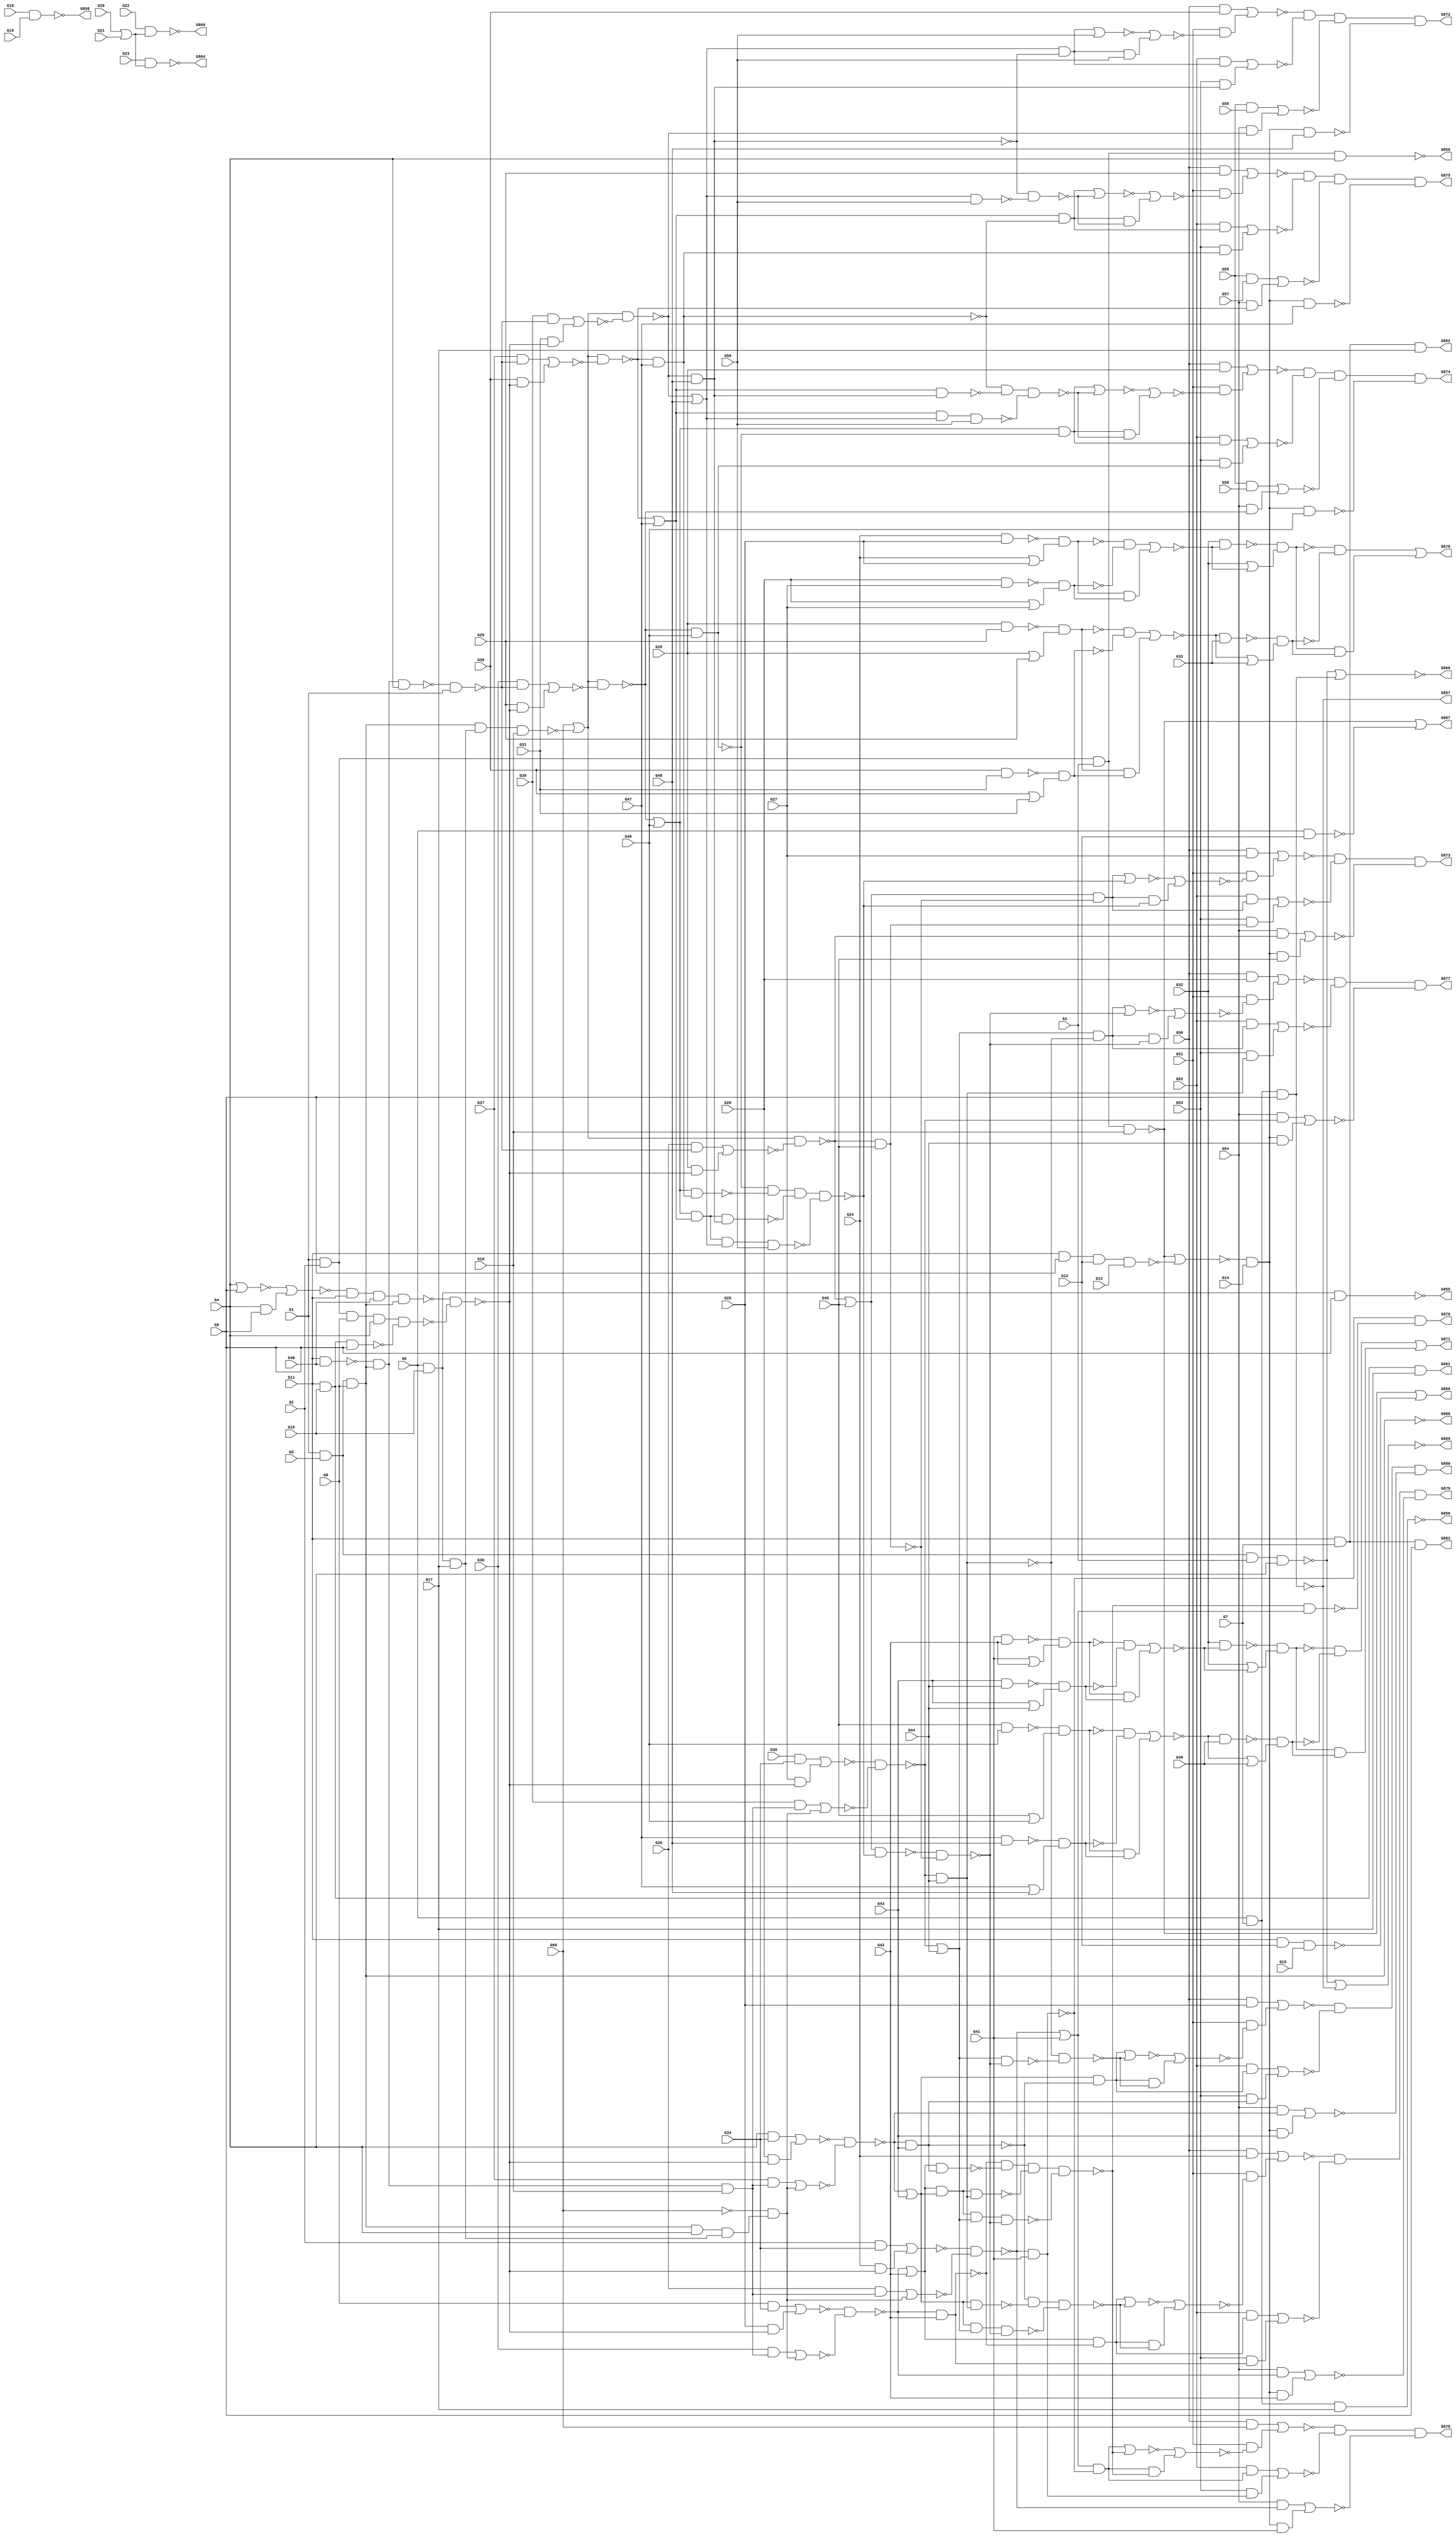
module c880(G1,G10,G11,G12,G13,G14,G15,G16,G17,G18,G19,G2,G20,G21,G22,G23,
  G24,G25,G26,G27,G28,G29,G3,G30,G31,G32,G33,G34,G35,G36,G37,G38,G39,G4,G40,
  G41,G42,G43,G44,G45,G46,G47,G48,G49,G5,G50,G51,G52,G53,G54,G55,G56,G57,G58,
  G59,G6,G60,G7,G8,G855,G856,G857,G858,G859,G860,G861,G862,G863,G864,G865,G866,
  G867,G868,G869,G870,G871,G872,G873,G874,G875,G876,G877,G878,G879,G880,G9);
input G1,G2,G3,G4,G5,G6,G7,G8,G9,G10,G11,G12,G13,G14,G15,G16,G17,G18,G19,G20,
  G21,G22,G23,G24,G25,G26,G27,G28,G29,G30,G31,G32,G33,G34,G35,G36,G37,G38,G39,
  G40,G41,G42,G43,G44,G45,G46,G47,G48,G49,G50,G51,G52,G53,G54,G55,G56,G57,G58,
  G59,G60;
output G855,G856,G857,G858,G859,G860,G861,G862,G863,G864,G865,G866,G867,G868,
  G869,G870,G871,G872,G873,G874,G875,G876,G877,G878,G879,G880;

  wire G269,G270,G273,G276,G279,G280,G284,G285,G286,G287,G290,G291,G292,G293,
    G294,G295,G296,G297,G298,G301,G302,G303,G304,G305,G306,G307,G308,G309,G310,
    G316,G317,G318,G319,G322,G323,G324,G325,G326,G327,G328,G329,G330,G331,G332,
    G333,G334,G335,G336,G337,G338,G339,G340,G341,G342,G343,G344,G345,G346,G347,
    G348,G349,G350,G351,G352,G353,G354,G355,G356,G357,G360,G363,G366,G369,G375,
    G376,G379,G382,G385,G388,G389,G395,G396,G397,G398,G399,G400,G401,G402,G403,
    G404,G405,G406,G407,G408,G409,G410,G411,G412,G413,G414,G415,G416,G417,G422,
    G427,G432,G433,G434,G435,G436,G445,G448,G451,G460,G461,G462,G463,G464,G465,
    G466,G467,G468,G473,G474,G475,G476,G477,G480,G483,G484,G485,G486,G487,G488,
    G489,G490,G491,G492,G493,G494,G495,G496,G497,G498,G499,G500,G501,G502,G503,
    G504,G505,G506,G507,G508,G509,G510,G511,G512,G513,G514,G515,G518,G521,G522,
    G523,G524,G525,G526,G527,G528,G529,G532,G535,G536,G537,G538,G542,G546,G550,
    G554,G558,G562,G566,G570,G571,G572,G573,G574,G575,G578,G581,G582,G585,G590,
    G591,G594,G600,G601,G604,G609,G610,G613,G616,G617,G620,G625,G626,G629,G635,
    G636,G639,G644,G645,G646,G647,G650,G654,G655,G658,G662,G663,G667,G671,G672,
    G677,G681,G682,G685,G689,G690,G693,G697,G698,G702,G706,G707,G712,G716,G717,
    G718,G719,G720,G721,G722,G723,G724,G725,G726,G727,G728,G729,G730,G731,G732,
    G733,G734,G735,G736,G737,G738,G739,G740,G741,G742,G743,G744,G745,G746,G747,
    G748,G749,G750,G751,G752,G753,G754,G755,G756,G760,G761,G764,G765,G768,G769,
    G770,G771,G772,G773,G774,G775,G776,G777,G778,G779,G785,G786,G787,G788,G789,
    G790,G791,G792,G793,G794,G795,G796,G797,G798,G802,G805,G808,G809,G810,G811,
    G812,G813,G814,G815,G816,G817,G818,G819,G820,G821,G822,G823,G824,G825,G826,
    G827,G828,G829,G830,G831,G832,G833,G834,G835,G836,G837,G838,G839,G840,G841,
    G842,G843,G844,G845,G846,G847,G848,G849,G850,G851,G852,G853,G854;

  nand NAND4_0(G269,G1,G2,G3,G4);
  nand NAND4_1(G270,G1,G5,G3,G4);
  and AND3_0(G273,G6,G7,G8);
  and AND3_1(G276,G1,G5,G9);
  nand NAND4_2(G279,G1,G2,G9,G4);
  nand NAND4_3(G280,G1,G2,G3,G10);
  nand NAND4_4(G284,G11,G8,G12,G13);
  nand NAND2_0(G285,G6,G12);
  nand NAND3_0(G286,G11,G12,G15);
  and AND3_2(G287,G6,G16,G17);
  and AND3_3(G290,G6,G16,G8);
  and AND3_4(G291,G6,G7,G17);
  and AND3_5(G292,G6,G7,G8);
  and AND3_6(G293,G11,G16,G17);
  and AND3_7(G294,G11,G16,G8);
  and AND3_8(G295,G11,G7,G17);
  and AND3_9(G296,G11,G7,G8);
  and AND2_0(G297,G18,G19);
  or OR2_0(G298,G20,G21);
  nand NAND2_1(G301,G24,G25);
  or OR2_1(G302,G24,G25);
  nand NAND2_2(G303,G26,G27);
  or OR2_2(G304,G26,G27);
  nand NAND2_3(G305,G28,G29);
  or OR2_3(G306,G28,G29);
  nand NAND2_4(G307,G30,G31);
  or OR2_4(G308,G30,G31);
  and AND2_1(G309,G2,G34);
  not NOT_0(G310,G60);
  and AND2_2(G316,G9,G34);
  and AND2_3(G317,G4,G34);
  and AND2_4(G318,G38,G34);
  nand NAND2_5(G319,G11,G40);
  nor NOR2_0(G322,G4,G8);
  and AND2_5(G323,G4,G8);
  nand NAND2_6(G324,G41,G42);
  or OR2_5(G325,G41,G42);
  nand NAND2_7(G326,G43,G44);
  or OR2_6(G327,G43,G44);
  nand NAND2_8(G328,G45,G46);
  or OR2_7(G329,G45,G46);
  nand NAND2_9(G330,G47,G48);
  or OR2_8(G331,G47,G48);
  and AND2_6(G332,G50,G24);
  and AND2_7(G333,G50,G25);
  and AND2_8(G334,G50,G26);
  and AND2_9(G335,G50,G27);
  and AND2_10(G336,G50,G28);
  and AND2_11(G337,G55,G56);
  and AND2_12(G338,G50,G29);
  and AND2_13(G339,G55,G57);
  and AND2_14(G340,G50,G30);
  and AND2_15(G341,G55,G59);
  not NOT_1(G342,G269);
  not NOT_2(G343,G273);
  or OR2_9(G344,G270,G273);
  not NOT_3(G345,G276);
  not NOT_4(G346,G276);
  not NOT_5(G347,G279);
  nor NOR2_1(G348,G280,G284);
  or OR2_10(G349,G280,G285);
  or OR2_11(G350,G280,G286);
  not NOT_6(G351,G293);
  not NOT_7(G352,G294);
  not NOT_8(G353,G295);
  not NOT_9(G354,G296);
  nand NAND2_10(G355,G22,G298);
  and AND2_16(G356,G23,G298);
  nand NAND2_11(G357,G301,G302);
  nand NAND2_12(G360,G303,G304);
  nand NAND2_13(G363,G305,G306);
  nand NAND2_14(G366,G307,G308);
  not NOT_10(G369,G310);
  nor NOR2_2(G375,G322,G323);
  nand NAND2_15(G376,G324,G325);
  nand NAND2_16(G379,G326,G327);
  nand NAND2_17(G382,G328,G329);
  nand NAND2_18(G385,G330,G331);
  or OR2_12(G388,G270,G343);
  not NOT_11(G389,G345);
  not NOT_12(G395,G346);
  and AND2_17(G396,G348,G14);
  not NOT_13(G397,G349);
  not NOT_14(G398,G350);
  not NOT_15(G399,G355);
  not NOT_16(G400,G357);
  not NOT_17(G401,G360);
  and AND2_18(G402,G357,G360);
  not NOT_18(G403,G363);
  not NOT_19(G404,G366);
  and AND2_19(G405,G363,G366);
  nand NAND2_19(G406,G347,G352);
  not NOT_20(G407,G376);
  not NOT_21(G408,G379);
  and AND2_20(G409,G376,G379);
  not NOT_22(G410,G382);
  not NOT_23(G411,G385);
  and AND2_21(G412,G382,G385);
  and AND2_22(G413,G50,G369);
  not NOT_24(G414,G396);
  and AND2_23(G415,G400,G401);
  and AND2_24(G416,G403,G404);
  and AND3_10(G417,G319,G389,G10);
  and AND3_11(G422,G389,G4,G287);
  nand NAND3_1(G427,G389,G287,G10);
  nand NAND4_5(G432,G375,G11,G40,G389);
  nand NAND3_2(G433,G389,G319,G4);
  and AND2_25(G434,G407,G408);
  and AND2_26(G435,G410,G411);
  not NOT_25(G436,G414);
  nor NOR2_3(G445,G402,G415);
  nor NOR2_4(G448,G405,G416);
  nand NAND2_20(G451,G432,G406);
  and AND2_27(G460,G35,G417);
  and AND2_28(G461,G310,G422);
  and AND2_29(G462,G36,G417);
  and AND2_30(G463,G310,G422);
  and AND2_31(G464,G37,G417);
  and AND2_32(G465,G310,G422);
  and AND2_33(G466,G39,G417);
  and AND2_34(G467,G310,G422);
  nand NAND2_21(G468,G433,G1);
  or OR2_13(G473,G369,G427);
  or OR2_14(G474,G369,G427);
  or OR2_15(G475,G369,G427);
  or OR2_16(G476,G369,G427);
  nor NOR2_5(G477,G409,G434);
  nor NOR2_6(G480,G412,G435);
  nand NAND2_22(G483,G32,G445);
  or OR2_17(G484,G32,G445);
  nand NAND2_23(G485,G448,G33);
  or OR2_18(G486,G448,G33);
  and AND2_35(G487,G24,G451);
  nor NOR2_7(G488,G460,G461);
  and AND2_36(G489,G25,G451);
  nor NOR2_8(G490,G462,G463);
  and AND2_37(G491,G26,G451);
  nor NOR2_9(G492,G464,G465);
  and AND2_38(G493,G27,G451);
  nor NOR2_10(G494,G466,G467);
  and AND2_39(G495,G35,G468);
  and AND2_40(G496,G28,G451);
  and AND2_41(G497,G36,G468);
  and AND2_42(G498,G29,G451);
  and AND2_43(G499,G37,G468);
  and AND2_44(G500,G30,G451);
  and AND2_45(G501,G39,G468);
  and AND2_46(G502,G31,G451);
  nand NAND2_24(G503,G32,G477);
  or OR2_19(G504,G32,G477);
  nand NAND2_25(G505,G480,G49);
  or OR2_20(G506,G480,G49);
  and AND2_47(G507,G436,G41);
  and AND2_48(G508,G436,G42);
  and AND2_49(G509,G436,G43);
  and AND2_50(G510,G436,G44);
  and AND2_51(G511,G436,G45);
  nand NAND2_26(G512,G436,G46);
  nand NAND2_27(G513,G436,G47);
  nand NAND2_28(G514,G436,G48);
  nand NAND2_29(G515,G483,G484);
  nand NAND2_30(G518,G485,G486);
  nor NOR2_11(G521,G309,G487);
  nor NOR2_12(G522,G316,G489);
  nor NOR2_13(G523,G317,G491);
  nor NOR2_14(G524,G318,G493);
  nor NOR2_15(G525,G495,G496);
  nor NOR2_16(G526,G497,G498);
  nor NOR2_17(G527,G499,G500);
  nor NOR2_18(G528,G501,G502);
  nand NAND2_31(G529,G503,G504);
  nand NAND2_32(G532,G505,G506);
  not NOT_26(G535,G515);
  not NOT_27(G536,G518);
  and AND2_52(G537,G515,G518);
  nand NAND2_33(G538,G521,G488);
  nand NAND2_34(G542,G522,G490);
  nand NAND2_35(G546,G523,G492);
  nand NAND2_36(G550,G524,G494);
  nand NAND2_37(G554,G473,G525);
  nand NAND2_38(G558,G474,G526);
  nand NAND2_39(G562,G475,G527);
  nand NAND2_40(G566,G476,G528);
  not NOT_28(G570,G529);
  not NOT_29(G571,G532);
  and AND2_53(G572,G529,G532);
  and AND2_54(G573,G535,G536);
  and AND2_55(G574,G570,G571);
  nand NAND2_41(G575,G538,G41);
  or OR2_21(G578,G538,G41);
  and AND2_56(G581,G54,G538);
  nand NAND2_42(G582,G542,G42);
  or OR2_22(G585,G542,G42);
  and AND2_57(G590,G54,G542);
  nand NAND2_43(G591,G546,G43);
  or OR2_23(G594,G546,G43);
  and AND2_58(G600,G54,G546);
  nand NAND2_44(G601,G550,G44);
  or OR2_24(G604,G550,G44);
  and AND2_59(G609,G54,G550);
  nand NAND2_45(G610,G554,G45);
  or OR2_25(G613,G554,G45);
  and AND2_60(G616,G54,G554);
  nand NAND2_46(G617,G558,G46);
  or OR2_26(G620,G558,G46);
  and AND2_61(G625,G54,G558);
  nand NAND2_47(G626,G562,G47);
  or OR2_27(G629,G562,G47);
  and AND2_62(G635,G54,G562);
  nand NAND2_48(G636,G566,G48);
  or OR2_28(G639,G566,G48);
  and AND2_63(G644,G54,G566);
  nor NOR2_19(G645,G537,G573);
  nor NOR2_20(G646,G572,G574);
  not NOT_30(G647,G575);
  and AND2_64(G650,G578,G575);
  nor NOR2_21(G654,G581,G507);
  not NOT_31(G655,G582);
  and AND2_65(G658,G585,G582);
  nor NOR2_22(G662,G590,G508);
  not NOT_32(G663,G591);
  and AND2_66(G667,G594,G591);
  nor NOR2_23(G671,G600,G509);
  not NOT_33(G672,G601);
  and AND2_67(G677,G604,G601);
  nor NOR2_24(G681,G609,G510);
  not NOT_34(G682,G610);
  and AND2_68(G685,G613,G610);
  nor NOR2_25(G689,G616,G511);
  not NOT_35(G690,G617);
  and AND2_69(G693,G620,G617);
  nor NOR2_26(G697,G337,G625);
  not NOT_36(G698,G626);
  and AND2_70(G702,G629,G626);
  nor NOR2_27(G706,G339,G635);
  not NOT_37(G707,G636);
  and AND2_71(G712,G639,G636);
  nor NOR2_28(G716,G341,G644);
  nand NAND2_49(G717,G639,G58);
  nand NAND3_3(G718,G629,G639,G58);
  nand NAND4_6(G719,G620,G629,G639,G58);
  not NOT_38(G720,G647);
  and AND2_72(G721,G52,G650);
  and AND2_73(G722,G53,G647);
  not NOT_39(G723,G655);
  and AND2_74(G724,G52,G658);
  and AND2_75(G725,G53,G655);
  not NOT_40(G726,G663);
  and AND2_76(G727,G52,G667);
  and AND2_77(G728,G53,G663);
  not NOT_41(G729,G672);
  and AND2_78(G730,G52,G677);
  and AND2_79(G731,G53,G672);
  not NOT_42(G732,G682);
  and AND2_80(G733,G52,G685);
  and AND2_81(G734,G53,G682);
  not NOT_43(G735,G690);
  and AND2_82(G736,G52,G693);
  and AND2_83(G737,G53,G690);
  not NOT_44(G738,G698);
  and AND2_84(G739,G52,G702);
  and AND2_85(G740,G53,G698);
  not NOT_45(G741,G707);
  nor NOR2_29(G742,G712,G58);
  and AND2_86(G743,G712,G58);
  and AND2_87(G744,G52,G712);
  and AND2_88(G745,G53,G707);
  nand NAND2_50(G746,G629,G707);
  nand NAND2_51(G747,G620,G698);
  nand NAND3_4(G748,G620,G629,G707);
  nand NAND2_52(G749,G594,G672);
  nand NAND2_53(G750,G585,G663);
  nand NAND3_5(G751,G585,G594,G672);
  nor NOR2_30(G752,G721,G722);
  nor NOR2_31(G753,G724,G725);
  nor NOR2_32(G754,G727,G728);
  nor NOR2_33(G755,G730,G731);
  nand NAND4_7(G756,G735,G747,G748,G719);
  nor NOR2_34(G760,G733,G734);
  nand NAND3_6(G761,G738,G746,G718);
  nor NOR2_35(G764,G736,G737);
  nand NAND2_54(G765,G741,G717);
  nor NOR2_36(G768,G739,G740);
  nor NOR2_37(G769,G742,G743);
  nor NOR2_38(G770,G744,G745);
  nor NOR2_39(G771,G685,G756);
  and AND2_89(G772,G685,G756);
  nor NOR2_40(G773,G693,G761);
  and AND2_90(G774,G693,G761);
  nor NOR2_41(G775,G702,G765);
  and AND2_91(G776,G702,G765);
  and AND2_92(G777,G51,G769);
  nand NAND2_55(G778,G613,G756);
  nand NAND2_56(G779,G778,G732);
  nor NOR2_42(G785,G771,G772);
  nor NOR2_43(G786,G773,G774);
  nor NOR2_44(G787,G775,G776);
  nor NOR2_45(G788,G340,G777);
  nor NOR2_46(G789,G677,G779);
  and AND2_93(G790,G677,G779);
  and AND2_94(G791,G51,G785);
  and AND2_95(G792,G51,G786);
  and AND2_96(G793,G51,G787);
  nand NAND4_8(G794,G788,G770,G716,G514);
  nand NAND2_57(G795,G604,G779);
  nand NAND3_7(G796,G594,G604,G779);
  nand NAND4_9(G797,G585,G594,G604,G779);
  nand NAND4_10(G798,G723,G750,G751,G797);
  nand NAND3_8(G802,G726,G749,G796);
  nand NAND2_58(G805,G729,G795);
  nor NOR2_47(G808,G789,G790);
  nor NOR2_48(G809,G335,G791);
  nor NOR2_49(G810,G336,G792);
  nor NOR2_50(G811,G338,G793);
  not NOT_46(G812,G794);
  nor NOR2_51(G813,G650,G798);
  and AND2_97(G814,G650,G798);
  nor NOR2_52(G815,G658,G802);
  and AND2_98(G816,G658,G802);
  nor NOR2_53(G817,G667,G805);
  and AND2_99(G818,G667,G805);
  and AND2_100(G819,G51,G808);
  nand NAND3_9(G820,G809,G760,G689);
  nand NAND4_11(G821,G810,G764,G697,G512);
  nand NAND4_12(G822,G811,G768,G706,G513);
  not NOT_47(G823,G812);
  nand NAND2_59(G824,G798,G578);
  nor NOR2_54(G825,G813,G814);
  nor NOR2_55(G826,G815,G816);
  nor NOR2_56(G827,G817,G818);
  nor NOR2_57(G828,G334,G819);
  not NOT_48(G829,G820);
  not NOT_49(G830,G821);
  not NOT_50(G831,G822);
  and AND2_101(G832,G720,G824);
  and AND2_102(G833,G51,G825);
  and AND2_103(G834,G51,G826);
  and AND2_104(G835,G51,G827);
  nand NAND3_10(G836,G828,G755,G681);
  not NOT_51(G837,G829);
  not NOT_52(G838,G830);
  not NOT_53(G839,G831);
  not NOT_54(G840,G832);
  nor NOR2_58(G841,G413,G833);
  nor NOR2_59(G842,G332,G834);
  nor NOR2_60(G843,G333,G835);
  not NOT_55(G844,G836);
  nand NAND3_11(G845,G841,G752,G654);
  nand NAND3_12(G846,G842,G753,G662);
  nand NAND3_13(G847,G843,G754,G671);
  not NOT_56(G848,G844);
  not NOT_57(G849,G845);
  not NOT_58(G850,G846);
  not NOT_59(G851,G847);
  not NOT_60(G852,G849);
  not NOT_61(G853,G850);
  not NOT_62(G854,G851);
  not NOT_63(G855,G290);
  not NOT_64(G856,G291);
  not NOT_65(G857,G292);
  not NOT_66(G858,G297);
  not NOT_67(G859,G342);
  not NOT_68(G860,G344);
  not NOT_69(G861,G351);
  not NOT_70(G862,G353);
  not NOT_71(G863,G354);
  not NOT_72(G864,G356);
  not NOT_73(G865,G388);
  not NOT_74(G866,G395);
  not NOT_75(G867,G397);
  not NOT_76(G868,G398);
  not NOT_77(G869,G399);
  not NOT_78(G870,G645);
  not NOT_79(G871,G646);
  not NOT_80(G872,G823);
  not NOT_81(G873,G837);
  not NOT_82(G874,G838);
  not NOT_83(G875,G839);
  not NOT_84(G876,G840);
  not NOT_85(G877,G848);
  not NOT_86(G878,G852);
  not NOT_87(G879,G853);
  not NOT_88(G880,G854);

endmodule